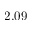
2 . 0 9